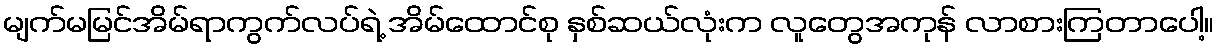
မျက်မမြင်အိမ်ရာကွက်လပ်ရဲ့ အိမ်ထောင်စု နှစ်ဆယ်လုံးက လူတွေအကုန် လာစားကြတာပေါ့။